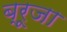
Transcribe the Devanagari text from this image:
ब्रूजा